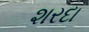
શરદા